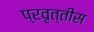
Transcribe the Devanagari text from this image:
प्रवृत्तीस